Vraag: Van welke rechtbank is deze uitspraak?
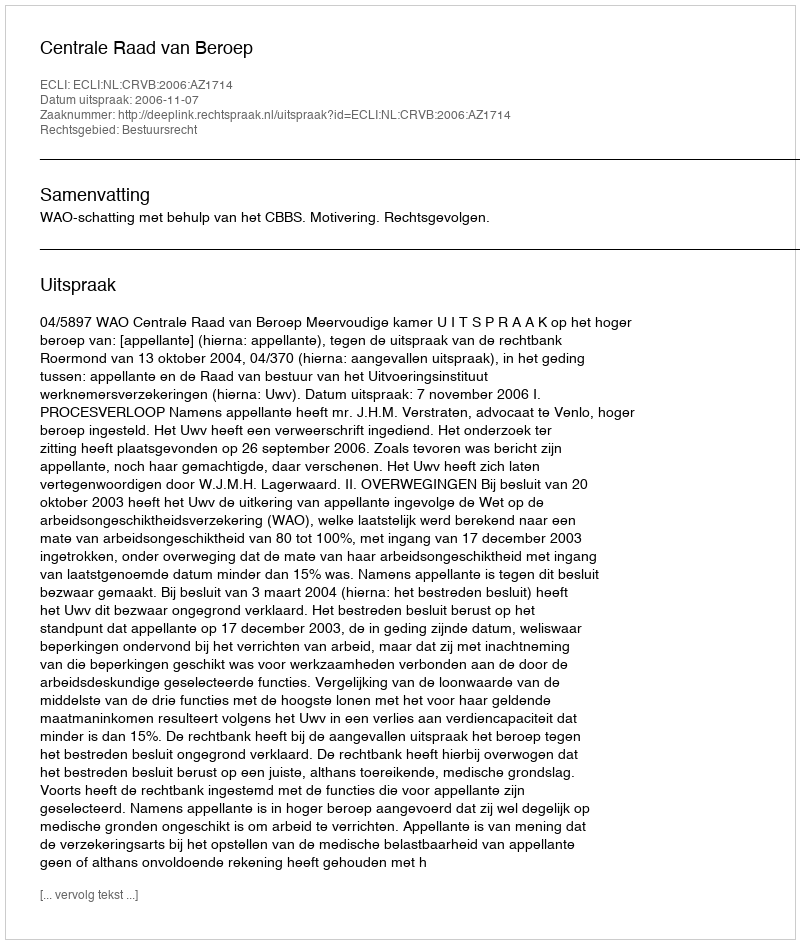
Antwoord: Centrale Raad van Beroep